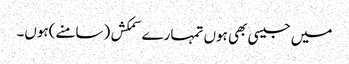
میں جیسی بھی ہوں تمہارے سمکش (سامنے)ہوں۔